Materia medica of Madras volume I
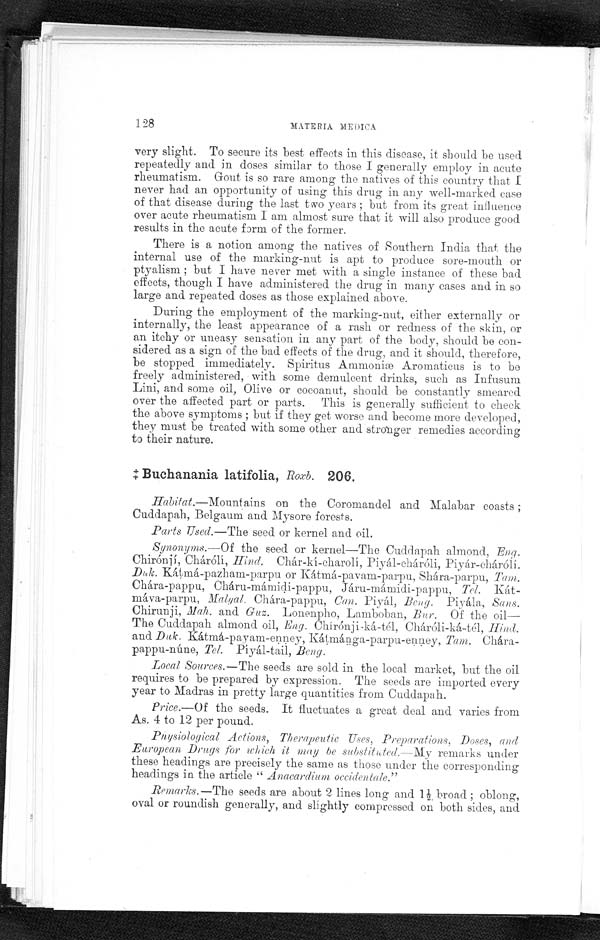
128
MATERIA MEI)ICA
very slight. To secure its best effects in this disease, it should be used
repeatedly and in doses similar to those I generally employ in acute
rheumatism. Gout is so rare among the natives of this country that I
never had an opportunity of using this drug in any well-marked case
of that disease during the last two years; but from its great influence
over acute rheumatism I am almost sure that it will also produce good
results in the acute form of the former.
There is a notion among the natives of Southern India that the
internal use of the marking-nut is apt to produce sore-mouth or
ptyalism; but I have never met with a single instance of these bad
effects, though I have administered the drug in many cases and in so
large and repeated doses as those explained above.
During the employment of the marking-nut, either externally or
internally, the least appearance of a rash or redness of the skin, or
an itchy or uneasy sensation in any part of the body, should be con
- s i d e r e d a s a s i g n o f t h e b a d e f f e c t s o f t h e d r u g , a n d i t s h o u l d , t h e r e f o r e ,
be stopped immediately. Spiritus Ammoniæ Aromaticus is to be
freely administered, with some demulcent drinks, such as Infusum
Lini, and some oil, Olive or cocoanut, should be constantly smeared
over the affected part or parts. This is generally sufficient to check
the above symptoms; but if they get worse and become more developed,
they must be treated with some other and stronger remedies according
to their nature.
‡ B u c h a n a n i a l a t i f o l i a ,
R o x b .
206.
Habitat .—Mountains on the Coromandel and Malabar coasts ;
Cuddapah, Belgaum and Mysore forests.
Parts Used.—The seed or kernel and oil.
Synonyms.— Of the seed or kernel—The Cuddapah almond, Eng.
Chirónjí, Chárólí, Hind. Chár-kí-charolí, Piyál-chárólí, Piyár-chárólí.
Duk. Kátmá-pazham-parpu or Kátmá-pavam-parpu, Shára-parpu,
Tam.
Chára-pappu, Cháru-mámidi-pappu, Járu-mámidi-pappu,Tel. Kát
-máva-parpu, Malyal. Chára-pappu, Can. Piyál, Beng. Piyála, Sans.
Chirunji, Mah. and Guz. Lonenpho, Lamboban, Bur. Of the oil—
The Cuddapah almond oil, Eng . Chírónji-ká-tél, Cháróli-ká-tél, Hind.
and Duk . Kátmá-payam-enney, Kátmánga-parpu-enney, Tam. Chára
-pappu-núne, Tel. Píyál-tail, Beng
.
Local Sources.— The seeds are sold in the local market, but the oil
requires to be prepared by expression. The seeds are imported every
year to Madras in pretty large quantities from Cuddapah.
P r i c e .
— O f t h e s e e d s . I t f l u c t u a t e s a g r e a t d e a l a n d v a r i e s f r o m
As. 4 to 12 per pound.
Physiological Actions, Therapeutic Uses, Preparations, Doses, and
European Drugs for which it may be substitated.— My remarks under
these headings are precisely the same as those under the corresponding
headings in the article " Anacardium occidentale"
Remarks.— The seeds are about 2 lines long and 1½. broad; oblong,
oval or roundish generally, and slightly compressed on both sides, and